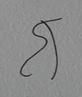
Signature authenticity: forged